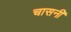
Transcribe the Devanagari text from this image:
चासनी